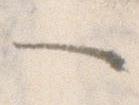
一